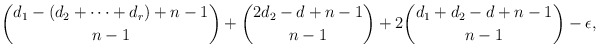
\begin{align*}\binom{d_1 - (d_2 + \cdots + d_r) + n-1}{n-1} + \binom{2 d_2 - d + n-1}{n-1} + 2 \binom{d_1 + d_2 - d+ n-1}{n-1}-\epsilon, \end{align*}